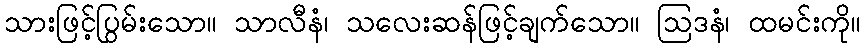
သားဖြင့်ပြွမ်းသော။ သာလီနံ၊ သလေးဆန်ဖြင့်ချက်သော။ ဩဒနံ၊ ထမင်းကို။